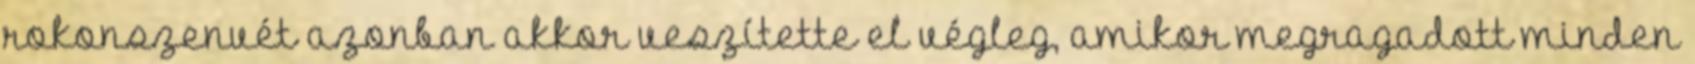
rokonszenvét azonban akkor veszítette el végleg, amikor megragadott minden